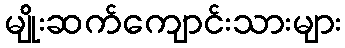
မျိုးဆက်ကျောင်းသားများ